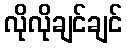
လိုလိုချင်ချင်